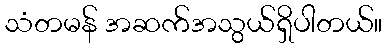
သံတမန် အဆက်အသွယ်ရှိပါတယ်။